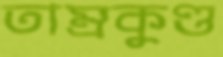
তাম্রকুণ্ড